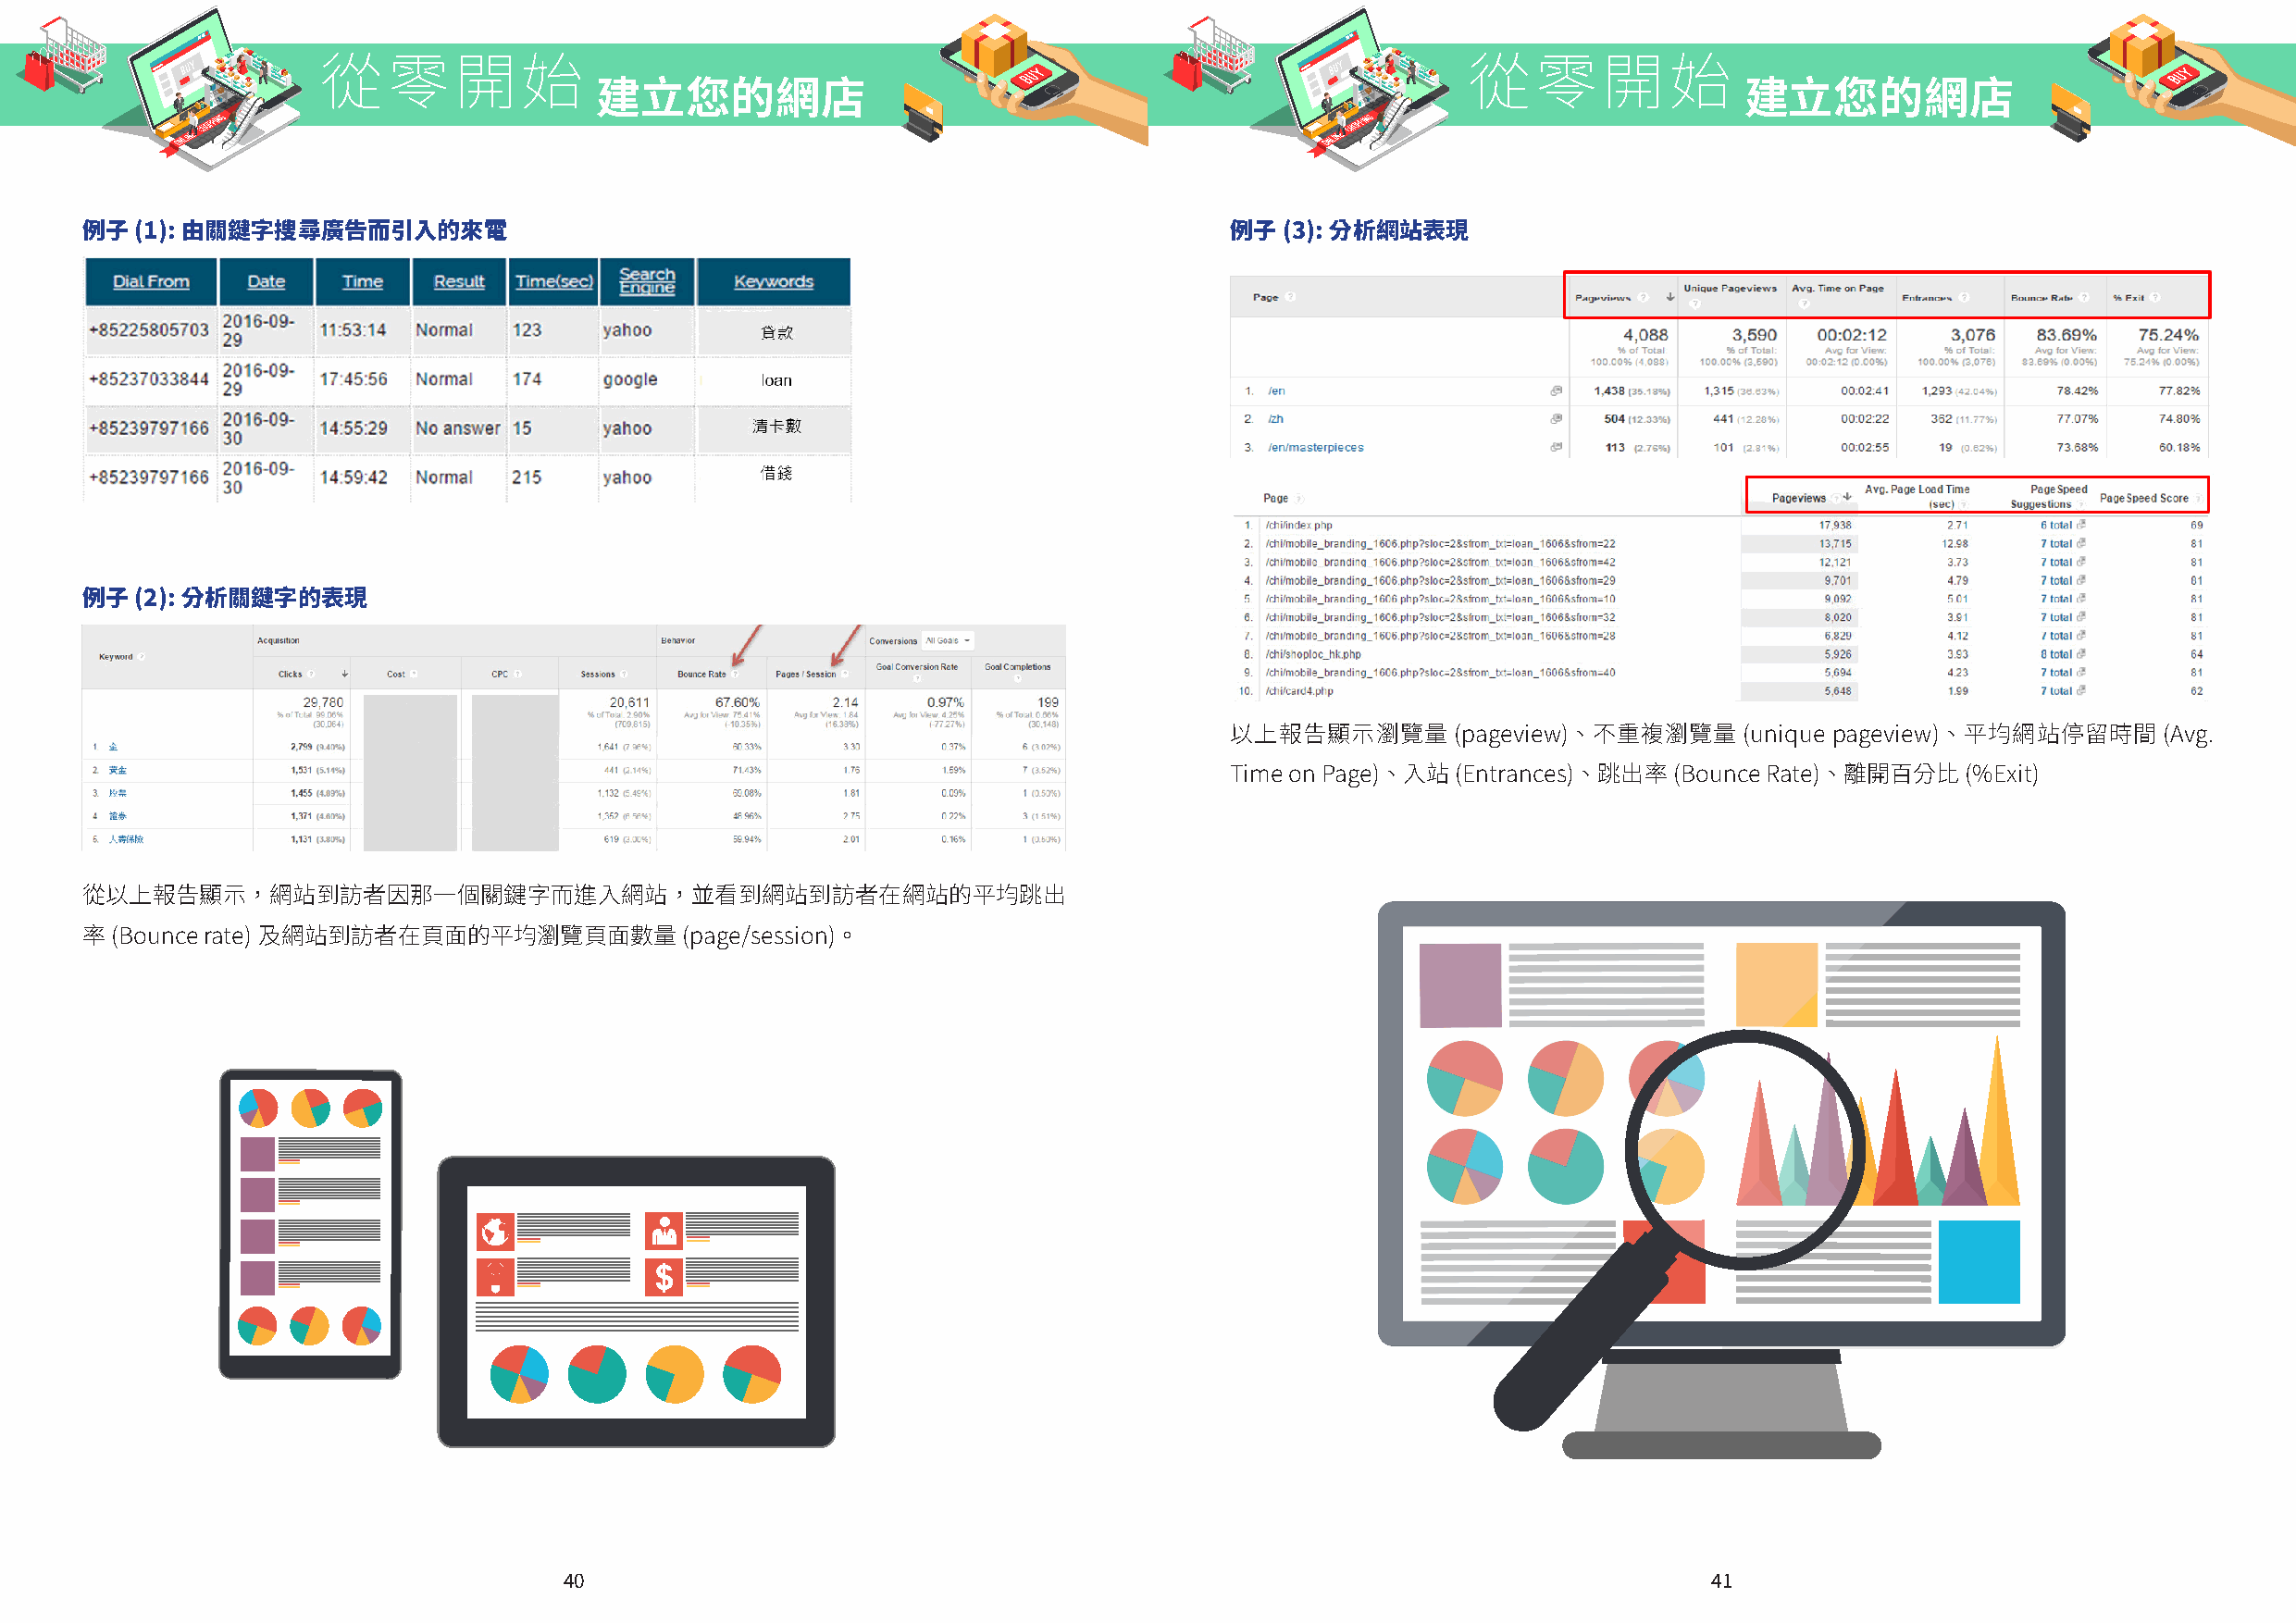
從零開始                                                                              從零開始
 建立您的網店                                                                            建立您的網店
 例子  (1): 由關鍵字搜尋廣告而引入的來電                                                           例子  (3): 分析網站表現
 例子  (2): 分析關鍵字的表現
 以上報告顯示瀏覽量       (pageview)、不重複瀏覽量    (unique pageview)、平均網站停留時間    (Avg.
 Time on Page)、入站 (Entrances)、跳出率 (Bounce Rate)、離開百分比 (%Exit)
 從以上報告顯示，網站到訪者因那一個關鍵字而進入網站，並看到網站到訪者在網站的平均跳出
 率 (Bounce rate) 及網站到訪者在頁面的平均瀏覽頁面數量         (page/session)。
 40                                                                                41